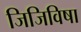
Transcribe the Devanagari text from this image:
जिजिविषा